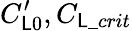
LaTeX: C_{\mathsf{L}0}^{\prime},C_{\mathsf{L}\_ crit}